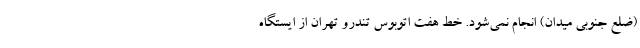
(ضلع جنوبی میدان) انجام نمی‌شود. خط هفت اتوبوس تندرو تهران از ایستگاه